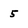
Character: 5